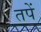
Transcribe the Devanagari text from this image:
तपें